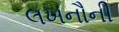
લખનૌની